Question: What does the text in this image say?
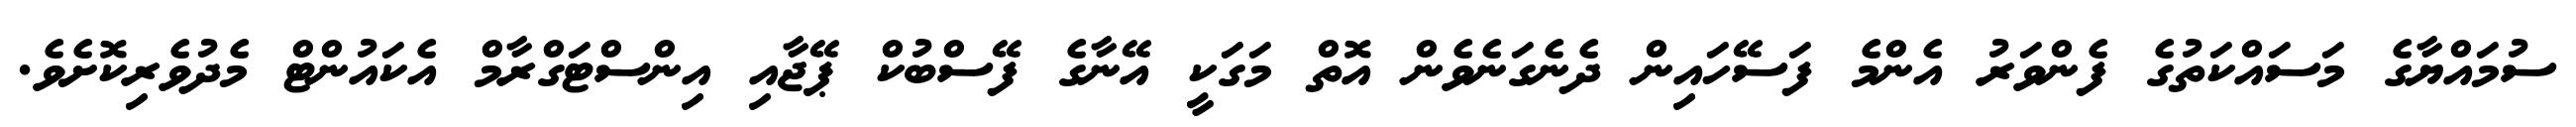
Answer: ސުމައްޔާގެ މަސައްކަތުގެ ފެންވަރު އެންމެ ފަސޭހައިން ދެނެގަނެވެން އޮތް މަގަކީ އޭނާގެ ފޭސްބުކް ޕޭޖާއި އިންސްޓަގްރާމް އެކައުންޓް މެދުވެރިކޮށެވެ.